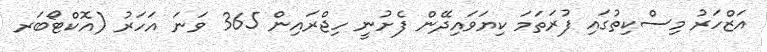
އަޒްހަރު މިސްކިތުގައި ފުރަތަމަ ކިޔަވައިދޭން ފެށުނީ ހިޖްރައިން 365 ވަނަ އަހަރު (އޮކްޓޯބަރ